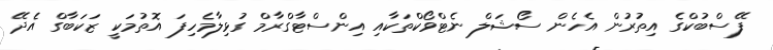
ފޭސްބުކްގެ އިތުރުން އެހެން ސޯޝަލް ނެޓްވޯކްތަކާއި އިންސްޓާގްރާމް ގުޅިލާމެހިފަ އޮތުމަކީ ޒަކަބާގް އެދޭ